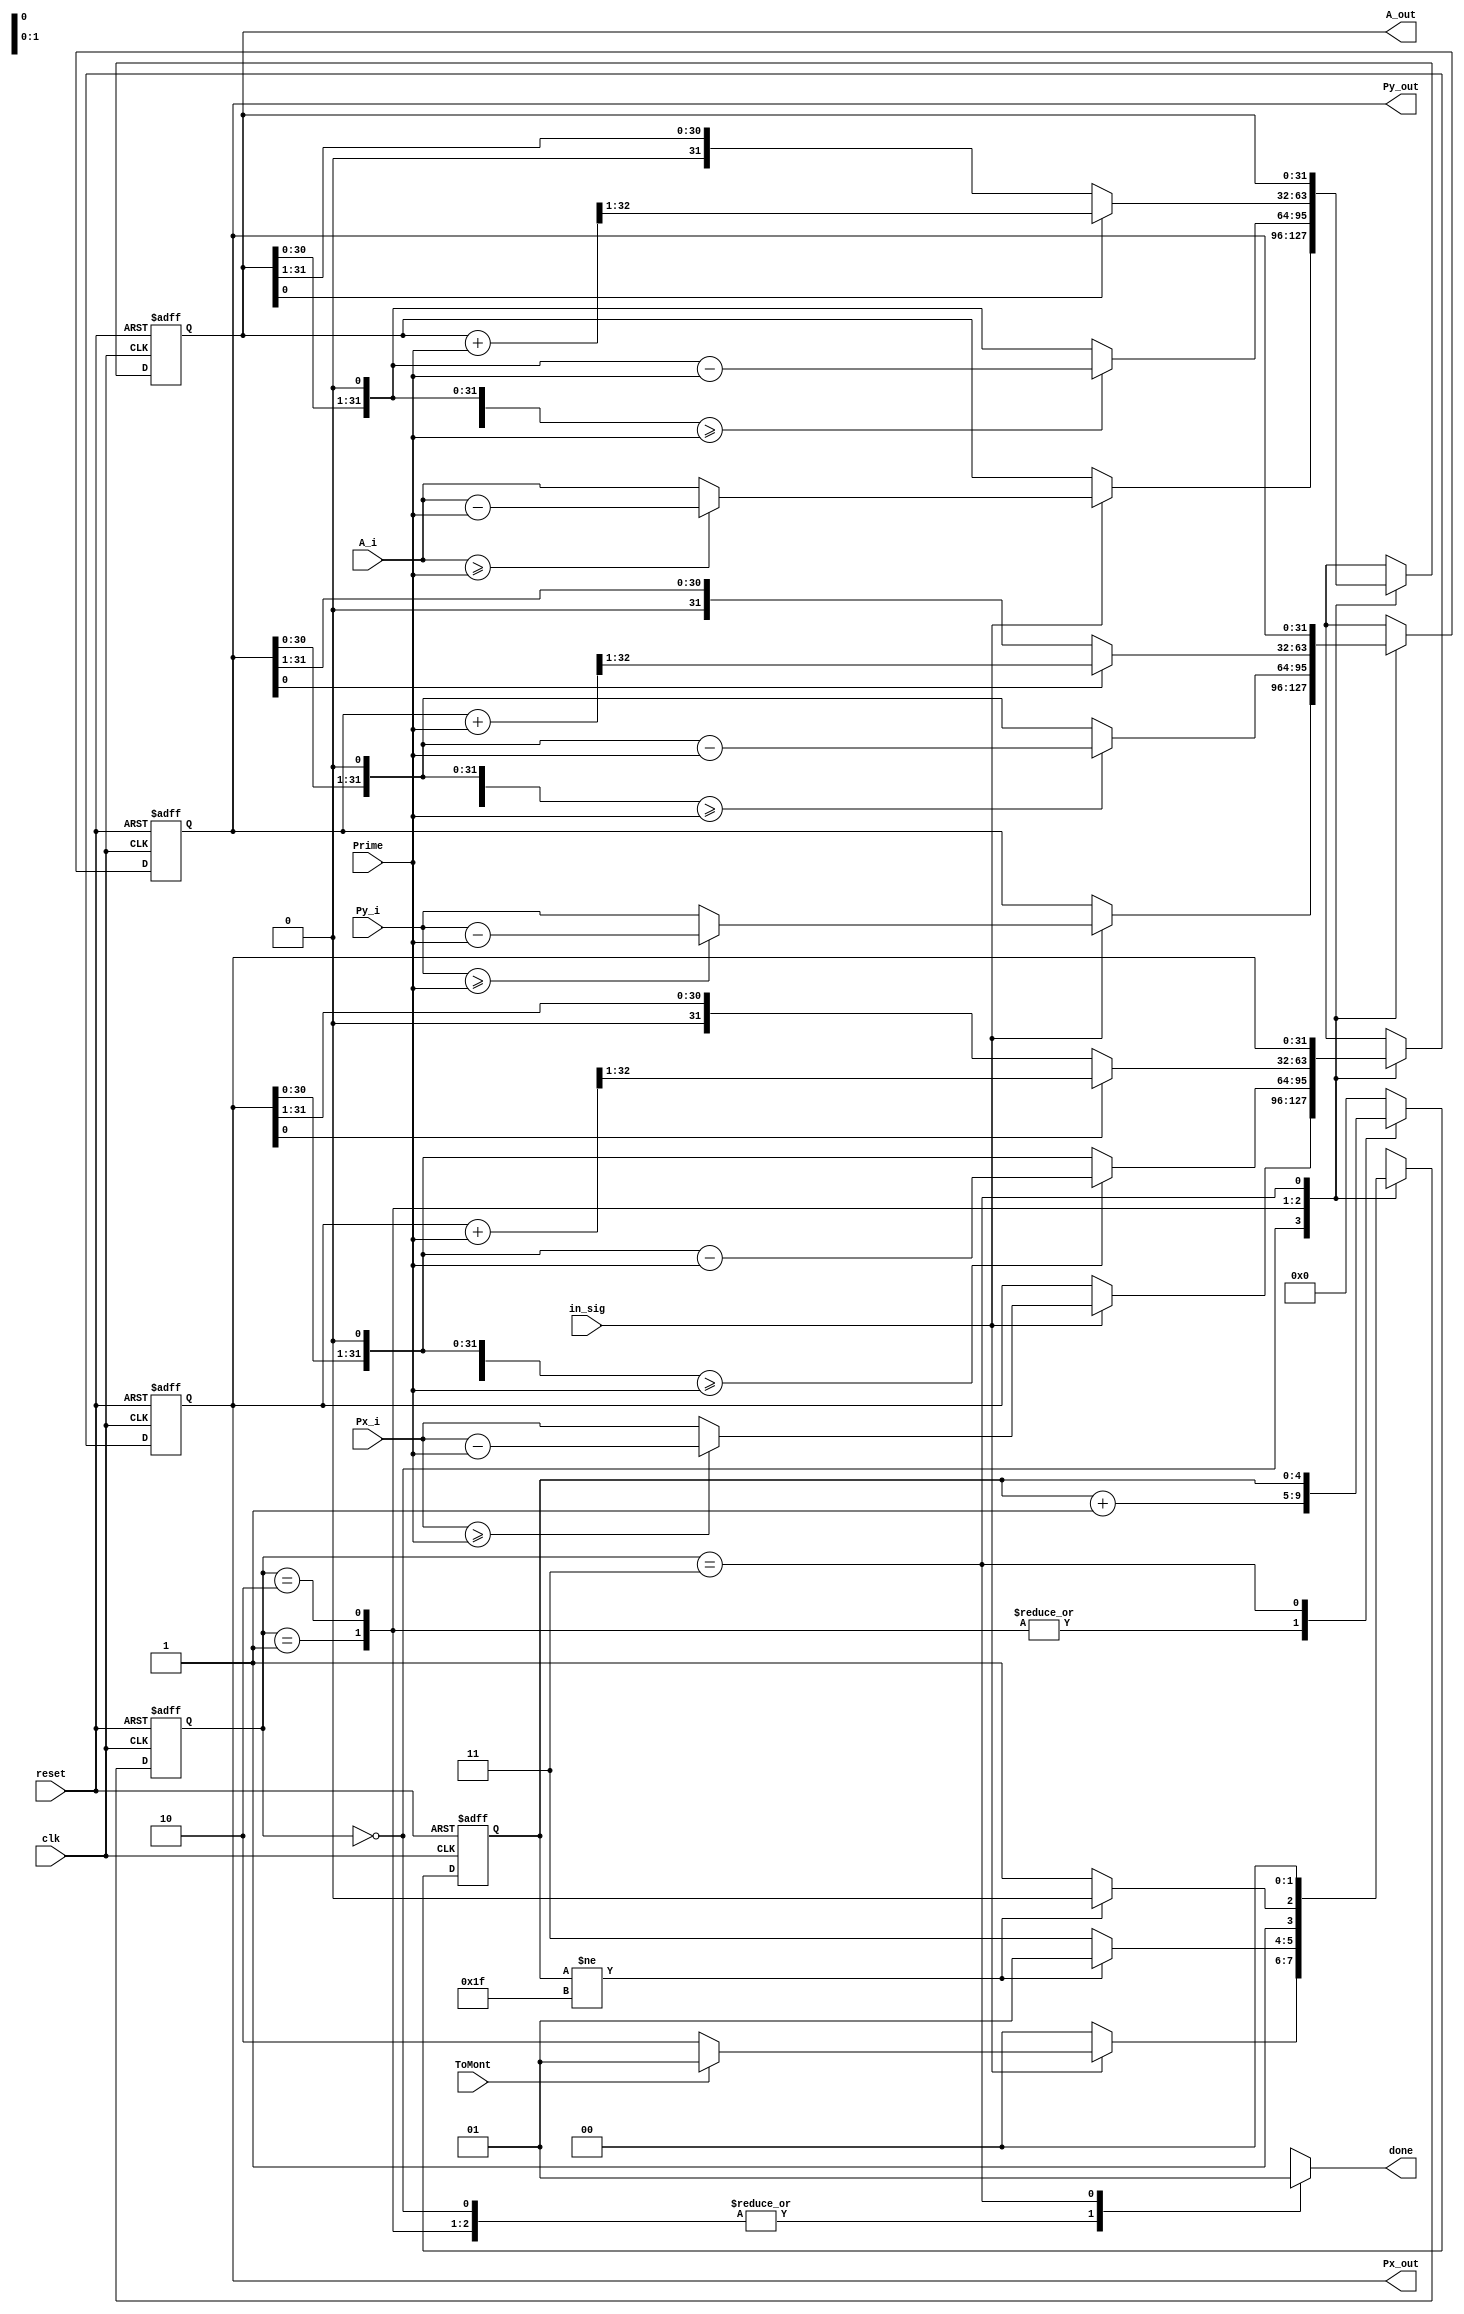
module Domain_Transfer(clk, reset, ToMont, in_sig, Px_i, Py_i, A_i, Prime, Px_out, Py_out, A_out, done);      
    input clk, reset, ToMont, in_sig;
    input [31:0] Px_i, Py_i, Prime, A_i; 
    output [31:0] Px_out, Py_out, A_out;
    output done;

    reg [31:0] Px, Py, A, Px_nxt, Py_nxt, A_nxt;
    reg [1:0] state, state_nxt;
    reg [4:0] counter, counter_nxt;
    reg done_reg;

    wire [32:0] Px_shift, Py_shift, A_shift;
    wire [32:0] Px_add, Py_add, A_add;

    parameter IDLE = 2'b00;
    parameter TO_MONT = 2'b01;
    parameter TO_REGULAR = 2'b10;
    parameter OUT = 2'b11;

    assign A_out = A;
    assign Px_out = Px;
    assign Py_out = Py;

    assign Px_shift = Px << 1;
    assign Py_shift = Py << 1;
    assign A_shift = A << 1;
    assign done = done_reg;
    assign Px_add = Px + Prime;
    assign Py_add = Py + Prime;
    assign A_add = A + Prime;

    always @(*) begin
      case(state)
          IDLE: begin
            if(in_sig) begin
              if(ToMont) state_nxt = TO_MONT;
              else state_nxt = TO_REGULAR;
            end
            else state_nxt = IDLE;
          end
          TO_MONT: begin
            if (counter != 5'b11111) state_nxt = TO_MONT;
                else state_nxt = OUT;
          end
          TO_REGULAR: begin
            if (counter != 5'b11111) state_nxt = TO_REGULAR;
                else state_nxt = OUT;
          end
          OUT: state_nxt = IDLE;
      endcase
    end

    always @(*) begin
        case(state)
            TO_MONT: counter_nxt = counter + 1;
            TO_REGULAR: counter_nxt = counter + 1;
            OUT: counter_nxt = counter;
            default: counter_nxt = 0;
        endcase
    end

    always @(*) begin
        case(state)
          IDLE: begin
            done_reg = 0;
            if(in_sig) begin
              if(Px_i >= Prime) Px_nxt = Px_i - Prime;
              else Px_nxt = Px_i;
              if(Py_i >= Prime) Py_nxt = Py_i - Prime;
              else Py_nxt = Py_i;
              if (A_i >= Prime) A_nxt = A_i - Prime;
              else A_nxt = A_i;
            end
            else begin
              Px_nxt = Px;
              Py_nxt = Py;
              A_nxt = A;
            end
          end
          TO_MONT: begin
            done_reg = 0;
            if (Px_shift >= Prime) Px_nxt = Px_shift - Prime;
            else Px_nxt = Px_shift;
            if(Py_shift >= Prime) Py_nxt = Py_shift - Prime;
            else Py_nxt = Py_shift;
            if(A_shift >= Prime) A_nxt = A_shift - Prime;
            else A_nxt = A_shift;
          end
          TO_REGULAR: begin
            done_reg = 0;
            if (Px[0]) Px_nxt = Px_add >> 1;
            else Px_nxt = Px >> 1;
            if (Py[0]) Py_nxt = Py_add >> 1;
            else Py_nxt = Py >> 1;
            if (A[0]) A_nxt = A_add >> 1;
            else A_nxt = A >> 1;
          end
          OUT: begin
            Px_nxt = Px;
            Py_nxt = Py;
            A_nxt = A;
            done_reg = 1;
          end
        endcase
            /*if (counter == 5'b11111) done_reg <= 1'b1;
            else done_reg <= 1'b0;*/
    end

      /* ====================Sequential Part=================== */
    always@(posedge clk or posedge reset)
    begin
        if (reset)
        begin
              Px <= 32'b0;
              Py <= 32'b0;
              A <= 32'b0;
              counter <= 5'b0;
              state <= 1'b0;
        end
        else
        begin
          Px <= Px_nxt;
          Py <= Py_nxt;
          A <= A_nxt;
          counter <= counter_nxt;
          state <= state_nxt;
        end
    end
  /* ====================================================== */
endmodule